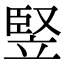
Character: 竪